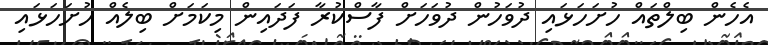
އެހެން ބިލްތައް ހުށަހަޅައި ދުވަހުން ދުވަހަށް ފާސްކުރާ ފަދައިން މިކަމަށް ބިލެއް ހުށަހަޅައި